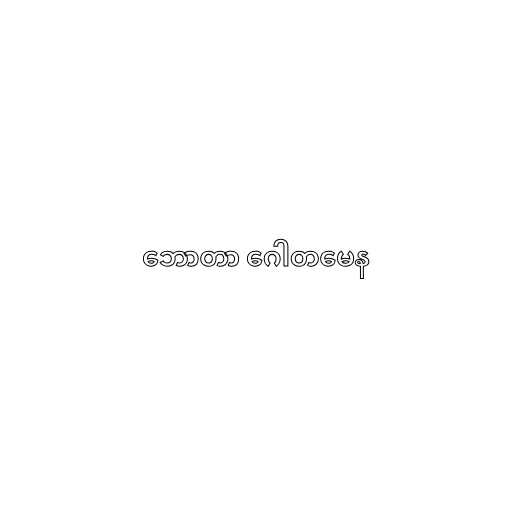
ဘောတာ ဂေါတမေန